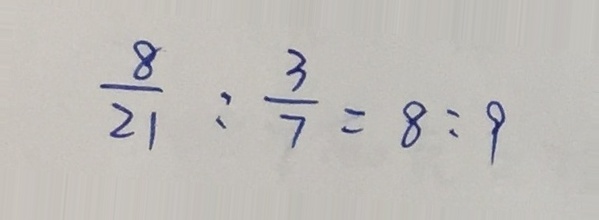
\frac { 8 } { 2 1 } : \frac { 3 } { 7 } = 8 : 9